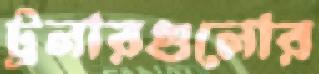
ট্রলারগুলোর